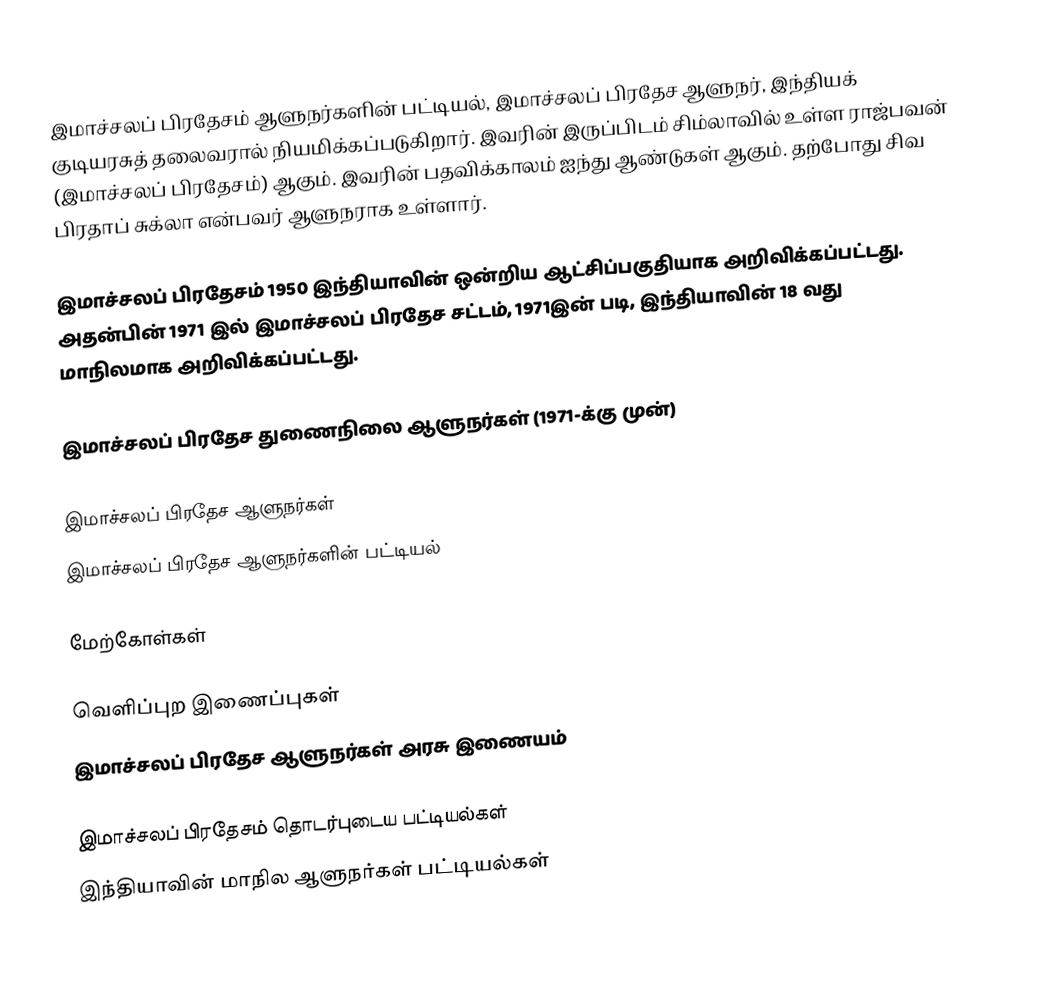
இமாச்சலப் பிரதேசம் ஆளுநர்களின் பட்டியல், இமாச்சலப் பிரதேச ஆளுநர், இந்தியக் குடியரசுத் தலைவரால் நியமிக்கப்படுகிறார். இவரின் இருப்பிடம் சிம்லாவில் உள்ள ராஜ்பவன் (இமாச்சலப் பிரதேசம்) ஆகும். இவரின் பதவிக்காலம் ஐந்து ஆண்டுகள் ஆகும். தற்போது சிவ பிரதாப் சுக்லா என்பவர் ஆளுநராக உள்ளார்.

இமாச்சலப் பிரதேசம் 1950 இந்தியாவின் ஒன்றிய ஆட்சிப்பகுதியாக அறிவிக்கப்பட்டது. அதன்பின் 1971 இல் இமாச்சலப் பிரதேச சட்டம், 1971இன் படி, இந்தியாவின் 18 வது மாநிலமாக அறிவிக்கப்பட்டது.

இமாச்சலப் பிரதேச துணைநிலை ஆளுநர்கள் (1971-க்கு முன்)

இமாச்சலப் பிரதேச ஆளுநர்கள்
இமாச்சலப் பிரதேச ஆளுநர்களின் பட்டியல்

மேற்கோள்கள்

வெளிப்புற இணைப்புகள்
 இமாச்சலப் பிரதேச ஆளுநர்கள் அரசு இணையம்

இமாச்சலப் பிரதேசம் தொடர்புடைய பட்டியல்கள்
இந்தியாவின் மாநில ஆளுநர்கள் பட்டியல்கள்